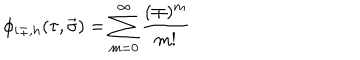
LaTeX: \phi _ { i \pm , h } ( \tau , \vec { \sigma } ) = \sum _ { m = 0 } ^ { \infty } \frac { ( \mp ) ^ { m } } { m ! }